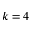
k = 4